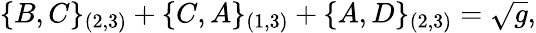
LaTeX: \{ B,C\} _{(2,3)}+\{ C,A\} _{(1,3)}+\{ A,D\} _{(2,3)}=\sqrt{g},